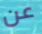
عن